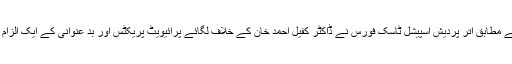
ویب سائٹ کے مطابق اتّر پردیش اسپیشل ٹاسک فورس نے ڈاکٹر کفیل احمد خان کے خلاف لگائے پرائیویٹ پریکٹس اور بد عنوانی کے ایک الزام کو ہٹا لیا ہے۔